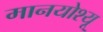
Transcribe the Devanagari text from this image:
मानयोश्यू